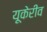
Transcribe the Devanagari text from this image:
यूकेरीव